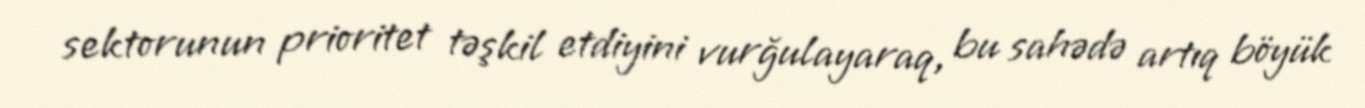
sektorunun prioritet təşkil etdiyini vurğulayaraq, bu sahədə artıq böyük